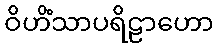
ဝိဟိံသာပရိဠာဟော